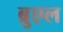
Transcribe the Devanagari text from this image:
ब्रुएल